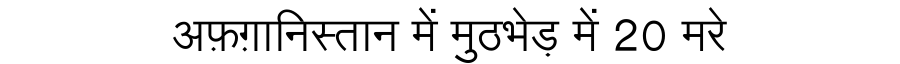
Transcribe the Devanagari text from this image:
अफ़ग़ानिस्तान में मुठभेड़ में 20 मरे